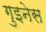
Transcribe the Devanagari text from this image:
गुइनेस